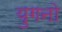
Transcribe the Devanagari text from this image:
युगनो